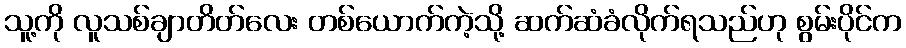
သူ့ကို လူသစ်ချာတိတ်လေး တစ်ယောက်ကဲ့သို့ ဆက်ဆံခံလိုက်ရသည်ဟု စွမ်းပိုင်က